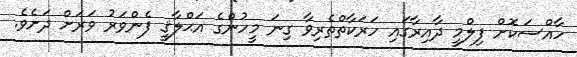
ހާއްސަކޮށް ފިލްމީ ދާއިރާގައި ހަރަކާތްތެރިވާ ގިނަ މީހުންގެ އަޙްލާޤީ ފެންވަރު ވަރަށް ދަށެވެ.